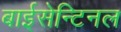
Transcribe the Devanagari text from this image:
बाईसेन्टिनल